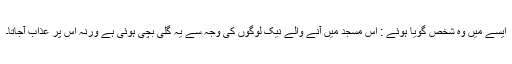
ایسے میں وہ شخص گویا ہوئے : اس مسجد میں آنے والے نیک لوگوں کی وجہ سے یہ گلی بچی ہوئی ہے ورنہ اس پر عذاب آجاتا۔